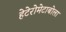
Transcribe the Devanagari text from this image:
हेटेरोमेटाबोला